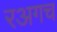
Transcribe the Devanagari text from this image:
रअगच